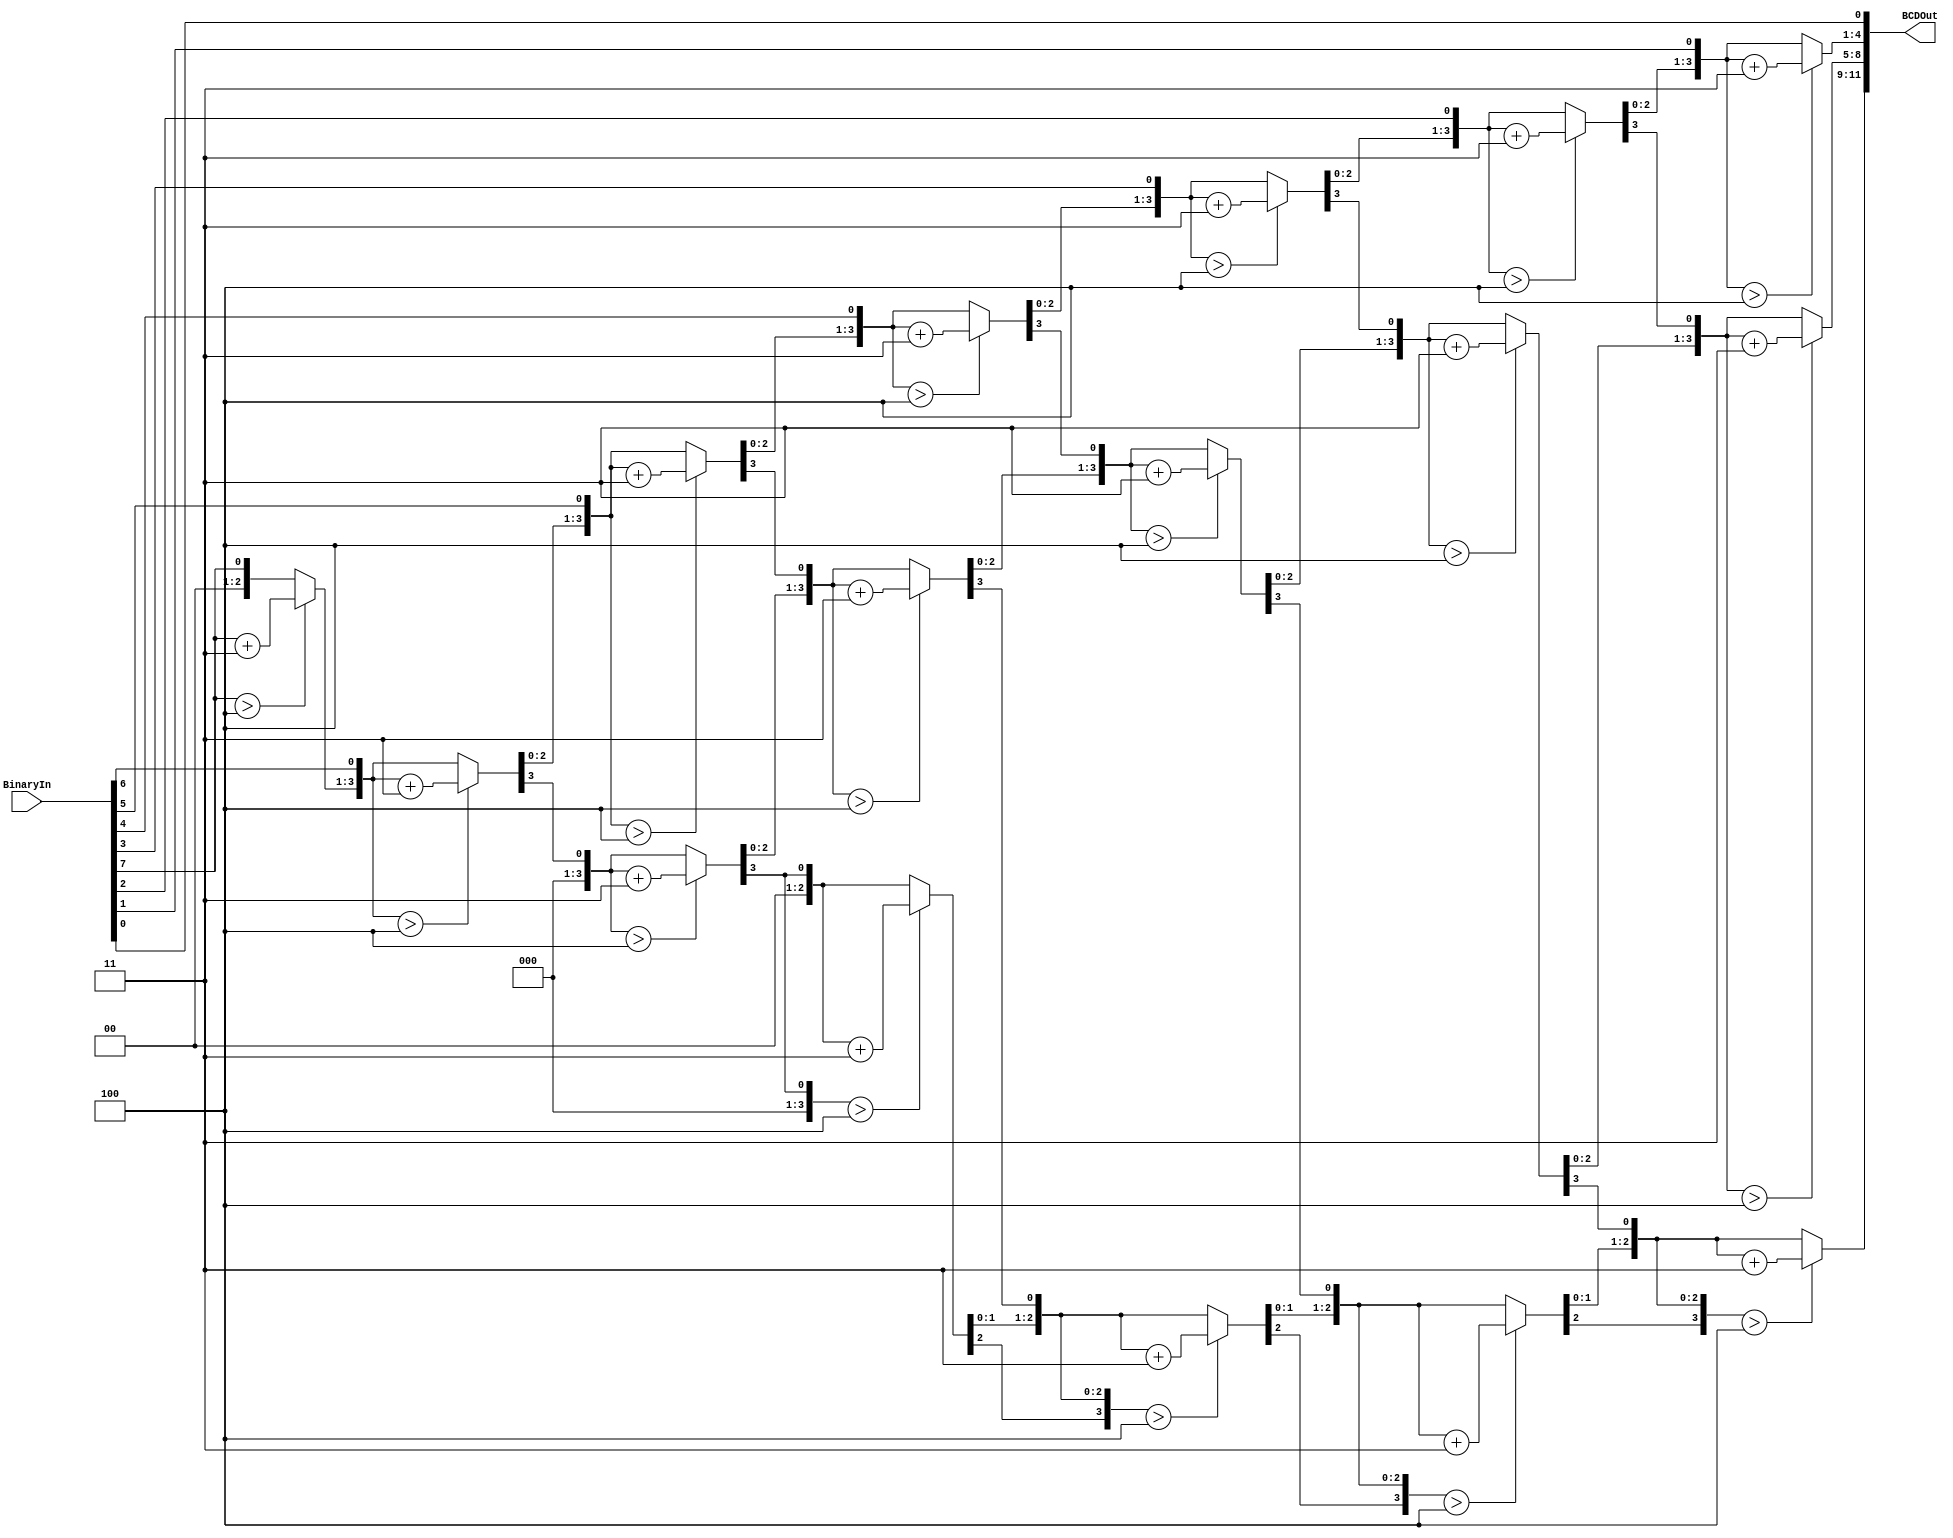
 module BCDEncoder(
    input [7:0] BinaryIn,
    output reg [11:0] BCDOut
    );

    
reg [3:0] i;   
     

always @(BinaryIn)
  begin
		BCDOut = 0; 
		for (i = 4'd0; i < 4'd8; i = i+4'd1) begin
		 BCDOut = {BCDOut[10:0],BinaryIn[7-i]}; 
			  
		 if(i < 7 && BCDOut[3:0] > 4) 
			  BCDOut[3:0] = BCDOut[3:0] + 4'd3;
		 if(i < 7 && BCDOut[7:4] > 4)
			  BCDOut[7:4] = BCDOut[7:4] + 4'd3;
		 if(i < 7 && BCDOut[11:8] > 4)
			  BCDOut[11:8] = BCDOut[11:8] + 4'd3;  
		end
end     
				 
endmodule